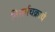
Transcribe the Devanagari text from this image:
निसर्गचक्राचे